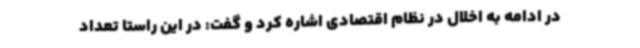
در ادامه به اخلال در نظام اقتصادی اشاره کرد و گفت: در این راستا تعداد